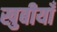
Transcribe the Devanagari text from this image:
खुबीयाँ